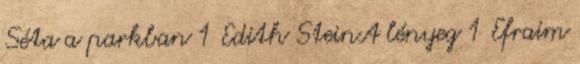
Séta a parkban 1 Edith SteinA lényeg 1 Efraim